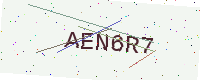
Text: AEN6R7